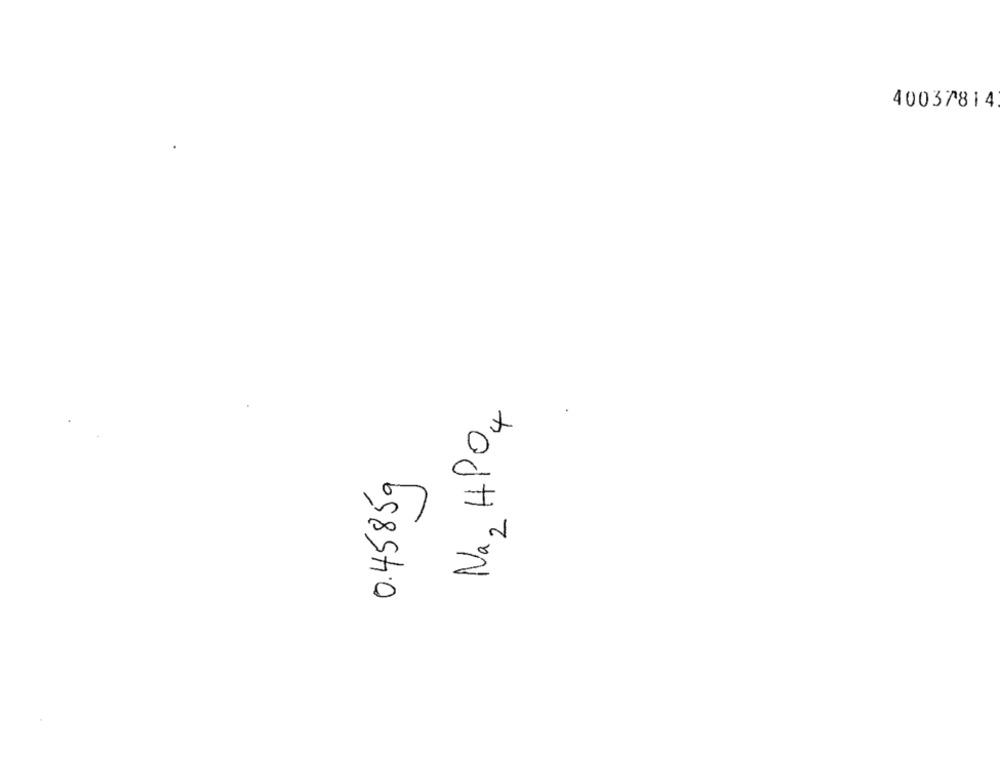
40037814
Na, HPO4
0.45859